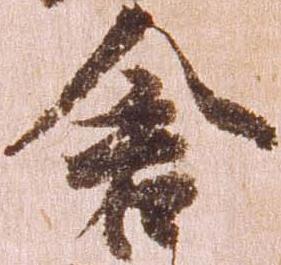
倉